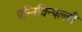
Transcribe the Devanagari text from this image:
पन्नियिन्पल्ली